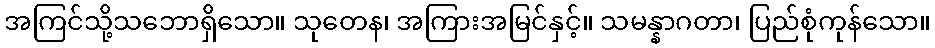
အကြင်သို့သဘောရှိသော။ သုတေန၊ အကြားအမြင်နှင့်။ သမန္နာဂတာ၊ ပြည်စုံကုန်သော။